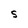
Character: S